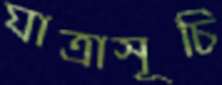
যাত্রাসূচি